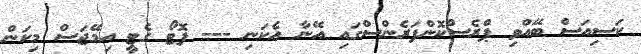
ކަސިއަސް ބޭއްވި ޕްރެސްކޮންފަރެންސްގައި އޭނާ އެކަނި --- ފޮޓޯ ގެޓީ އިމޭޖަސް މިކަން